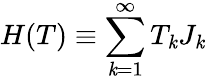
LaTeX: H(T)\equiv\sum_{\mathit{k}=1}^{\infty}T_{\mathit{k}}J_{\mathit{k}}